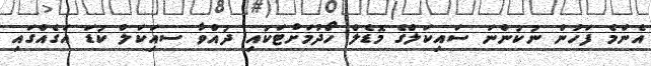
އެންމެ ފަހުން ނުކުންނަ ސައިކަލްގެ މޮޑެލް ހޯދުމަށްޓަކައި ދުއްވާ ސއަިކަލް ކުޑަ އަގެއްގައި